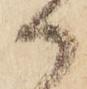
御